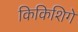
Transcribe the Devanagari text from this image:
किकिशिगे